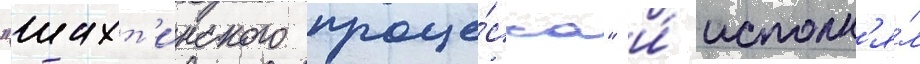
"шахт'инского проце́сса" и́ исполн'я́л